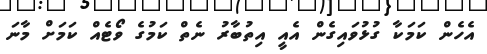
އެހެން ކަމަކާ ގުޅުވައިގެން އެއީ އިތުބާރު ނެތް ކަމުގެ ވޯޓެއް ކަމަށް މާނަ